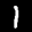
Label: 1